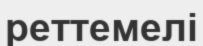
реттемелі